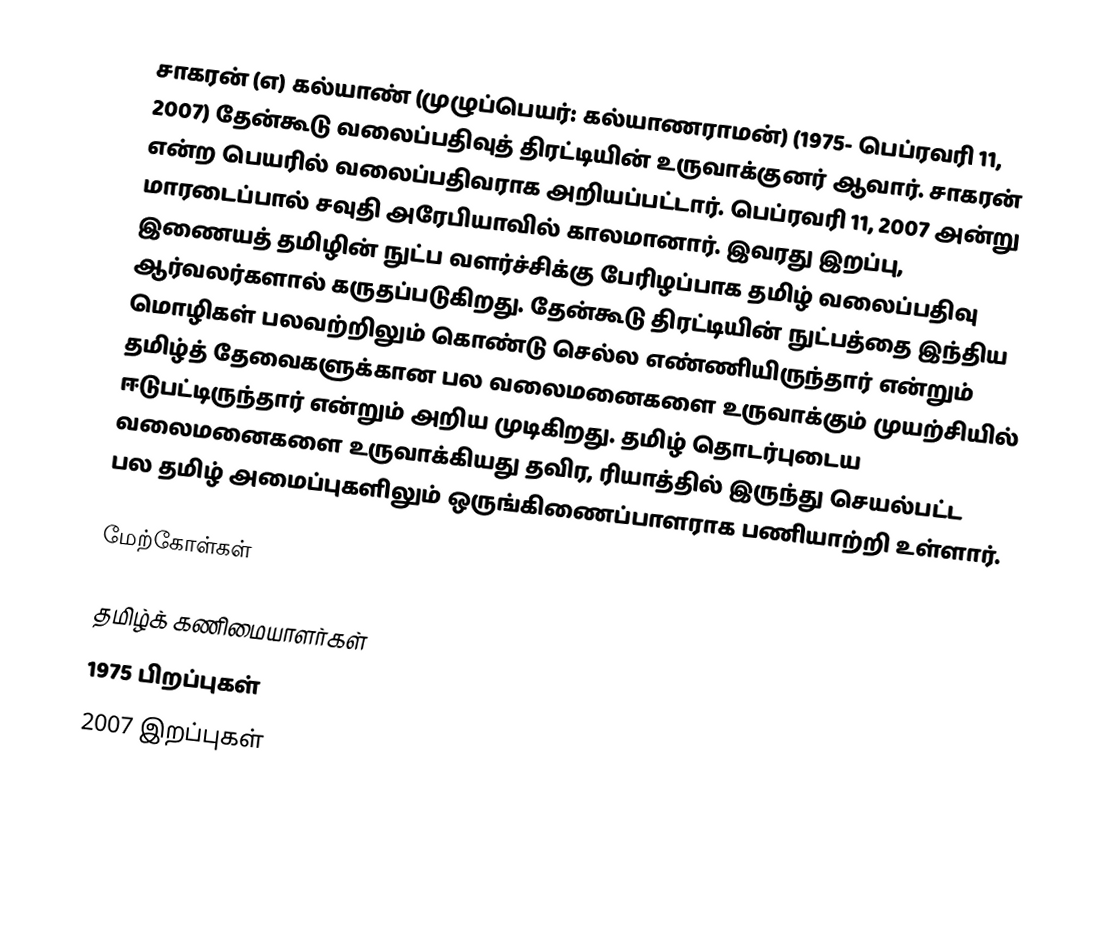
சாகரன் (எ) கல்யாண் (முழுப்பெயர்: கல்யாணராமன்) (1975- பெப்ரவரி 11, 2007) தேன்கூடு  வலைப்பதிவுத் திரட்டியின் உருவாக்குனர் ஆவார். சாகரன் என்ற பெயரில் வலைப்பதிவராக அறியப்பட்டார். பெப்ரவரி 11, 2007 அன்று மாரடைப்பால் சவுதி அரேபியாவில் காலமானார். இவரது இறப்பு, இணையத் தமிழின் நுட்ப வளர்ச்சிக்கு பேரிழப்பாக தமிழ் வலைப்பதிவு ஆர்வலர்களால் கருதப்படுகிறது. தேன்கூடு திரட்டியின் நுட்பத்தை இந்திய மொழிகள் பலவற்றிலும் கொண்டு செல்ல எண்ணியிருந்தார் என்றும் தமிழ்த் தேவைகளுக்கான பல வலைமனைகளை உருவாக்கும் முயற்சியில் ஈடுபட்டிருந்தார் என்றும் அறிய முடிகிறது. தமிழ் தொடர்புடைய வலைமனைகளை உருவாக்கியது தவிர, ரியாத்தில் இருந்து செயல்பட்ட பல தமிழ் அமைப்புகளிலும் ஒருங்கிணைப்பாளராக பணியாற்றி உள்ளார்.

மேற்கோள்கள்

தமிழ்க் கணிமையாளர்கள்
1975 பிறப்புகள்
2007 இறப்புகள்